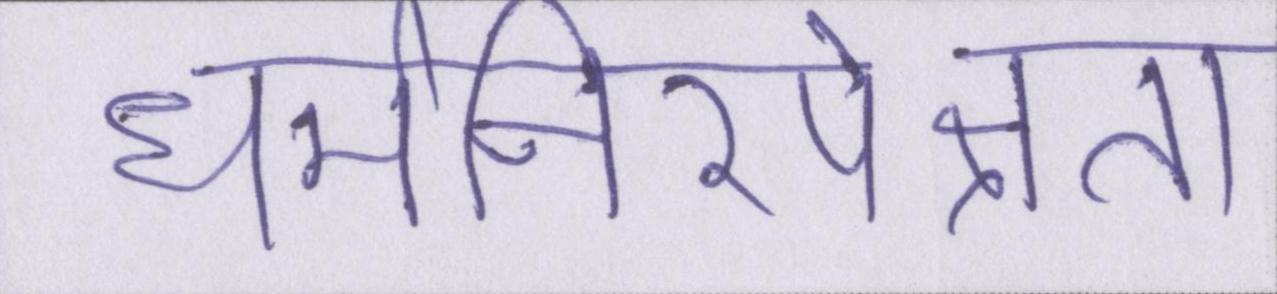
धर्मनिरपेक्षता